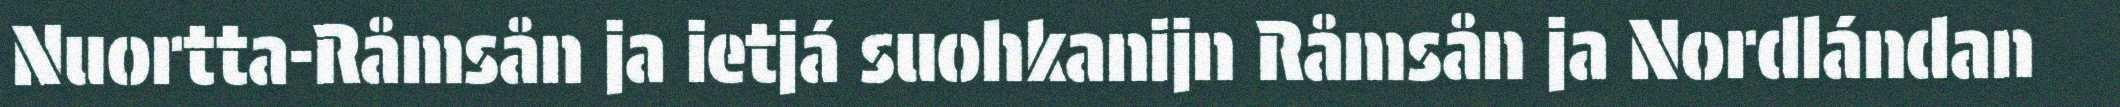
Nuortta-Råmsån ja ietjá suohkanijn Råmsån ja Nordlándan